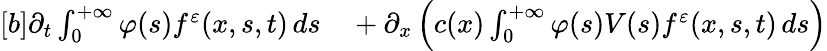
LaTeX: \begin{array}{r}{\begin{array}{rl}{[b]\partial_{t}\int_{0}^{+\infty}\varphi(s)f^{\varepsilon}(x,s,t)\, ds}&{{}+\partial_{x}\left(c(x)\int_{0}^{+\infty}\varphi(s)V(s)f^{\varepsilon}(x,s,t)\, ds\right)}\end{array}}\end{array}